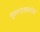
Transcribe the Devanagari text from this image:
मुलगावकरांचा